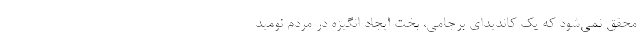
محقق نمی‌شود که یک کاندیدای برجامی، بخت ایجاد انگیزه در مردم نومید